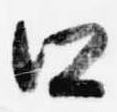
口